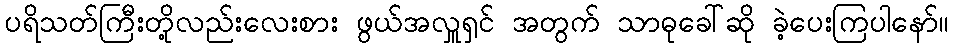
ပရိသတ်ကြီးတို့လည်းလေးစား ဖွယ်အလှူရှင် အတွက် သာဓုခေါ်ဆို ခဲ့ပေးကြပါနော်။